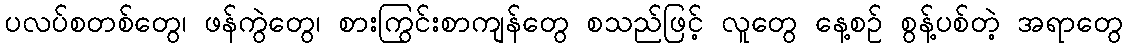
ပလပ်စတစ်တွေ၊ ဖန်ကွဲတွေ၊ စားကြွင်းစာကျန်တွေ စသည်ဖြင့် လူတွေ နေ့စဉ် စွန့်ပစ်တဲ့ အရာတွေ